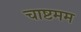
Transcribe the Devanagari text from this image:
चाष्टमम